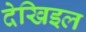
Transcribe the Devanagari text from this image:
देखिइल